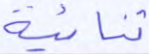
ثنائية